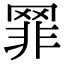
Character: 𦋛